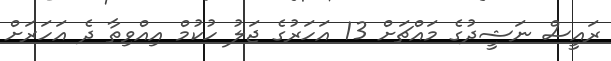
ރައީސް ނަޝީދުގެ މައްޗަށް 13 އަހަރުގެ ޖަލު ހުކުމް އިއްވިތާ ދެ އަހަރަށް